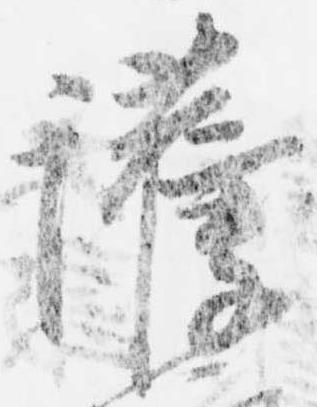
護